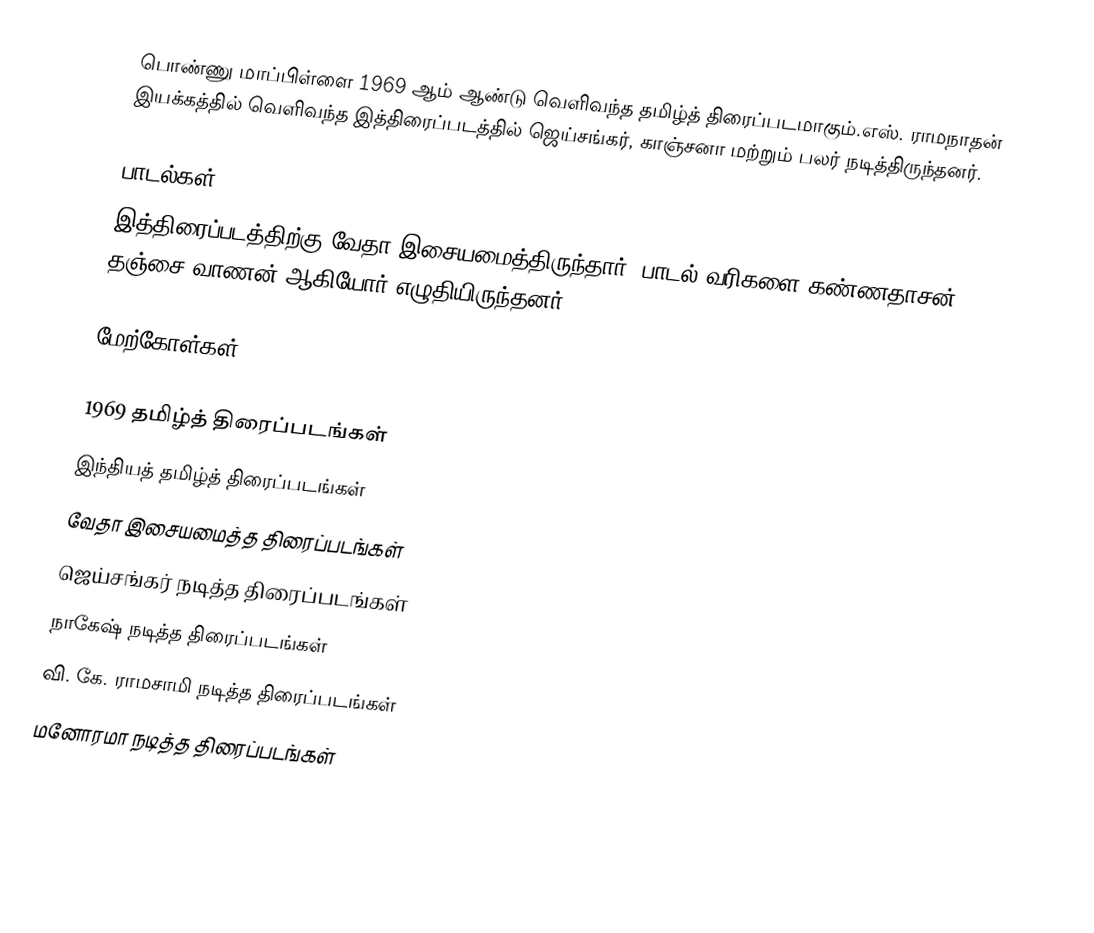
பொண்ணு மாப்பிள்ளை 1969 ஆம் ஆண்டு வெளிவந்த தமிழ்த் திரைப்படமாகும்.எஸ். ராமநாதன் இயக்கத்தில் வெளிவந்த இத்திரைப்படத்தில் ஜெய்சங்கர், காஞ்சனா மற்றும் பலர் நடித்திருந்தனர்.

பாடல்கள்
இத்திரைப்படத்திற்கு வேதா இசையமைத்திருந்தார். பாடல் வரிகளை கண்ணதாசன், தஞ்சை வாணன் ஆகியோர் எழுதியிருந்தனர்.

மேற்கோள்கள்

1969 தமிழ்த் திரைப்படங்கள்
இந்தியத் தமிழ்த் திரைப்படங்கள்
வேதா இசையமைத்த திரைப்படங்கள்
ஜெய்சங்கர் நடித்த திரைப்படங்கள்
நாகேஷ் நடித்த திரைப்படங்கள்
வி. கே. ராமசாமி நடித்த திரைப்படங்கள்
மனோரமா நடித்த திரைப்படங்கள்